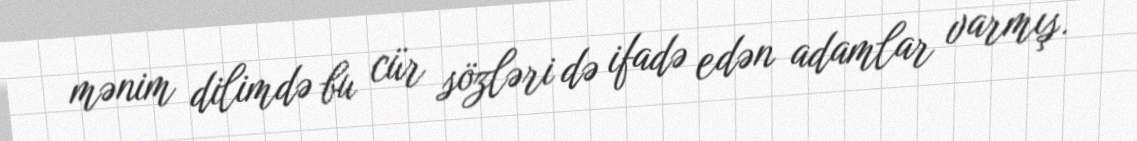
mənim dilimdə bu cür sözləri də ifadə edən adamlar varmış.